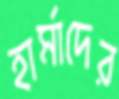
হার্মাদের